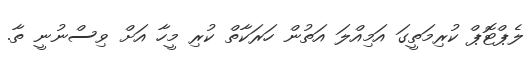
ލެޕްޓޮޕް ކުރިމަތީގަ އަމިއްލަ އަތުން ހަރަކާތް ކުރި މީހާ އަށް ވިސްނުނީ ތާ.